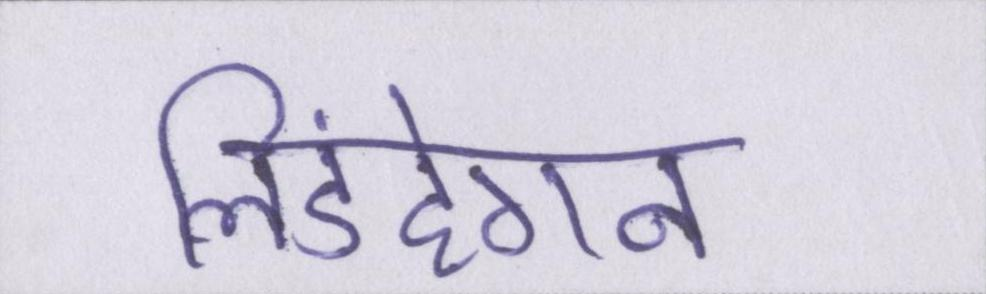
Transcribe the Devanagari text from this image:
लिंडहेगन